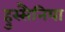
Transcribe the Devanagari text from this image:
हुस्सैनिया